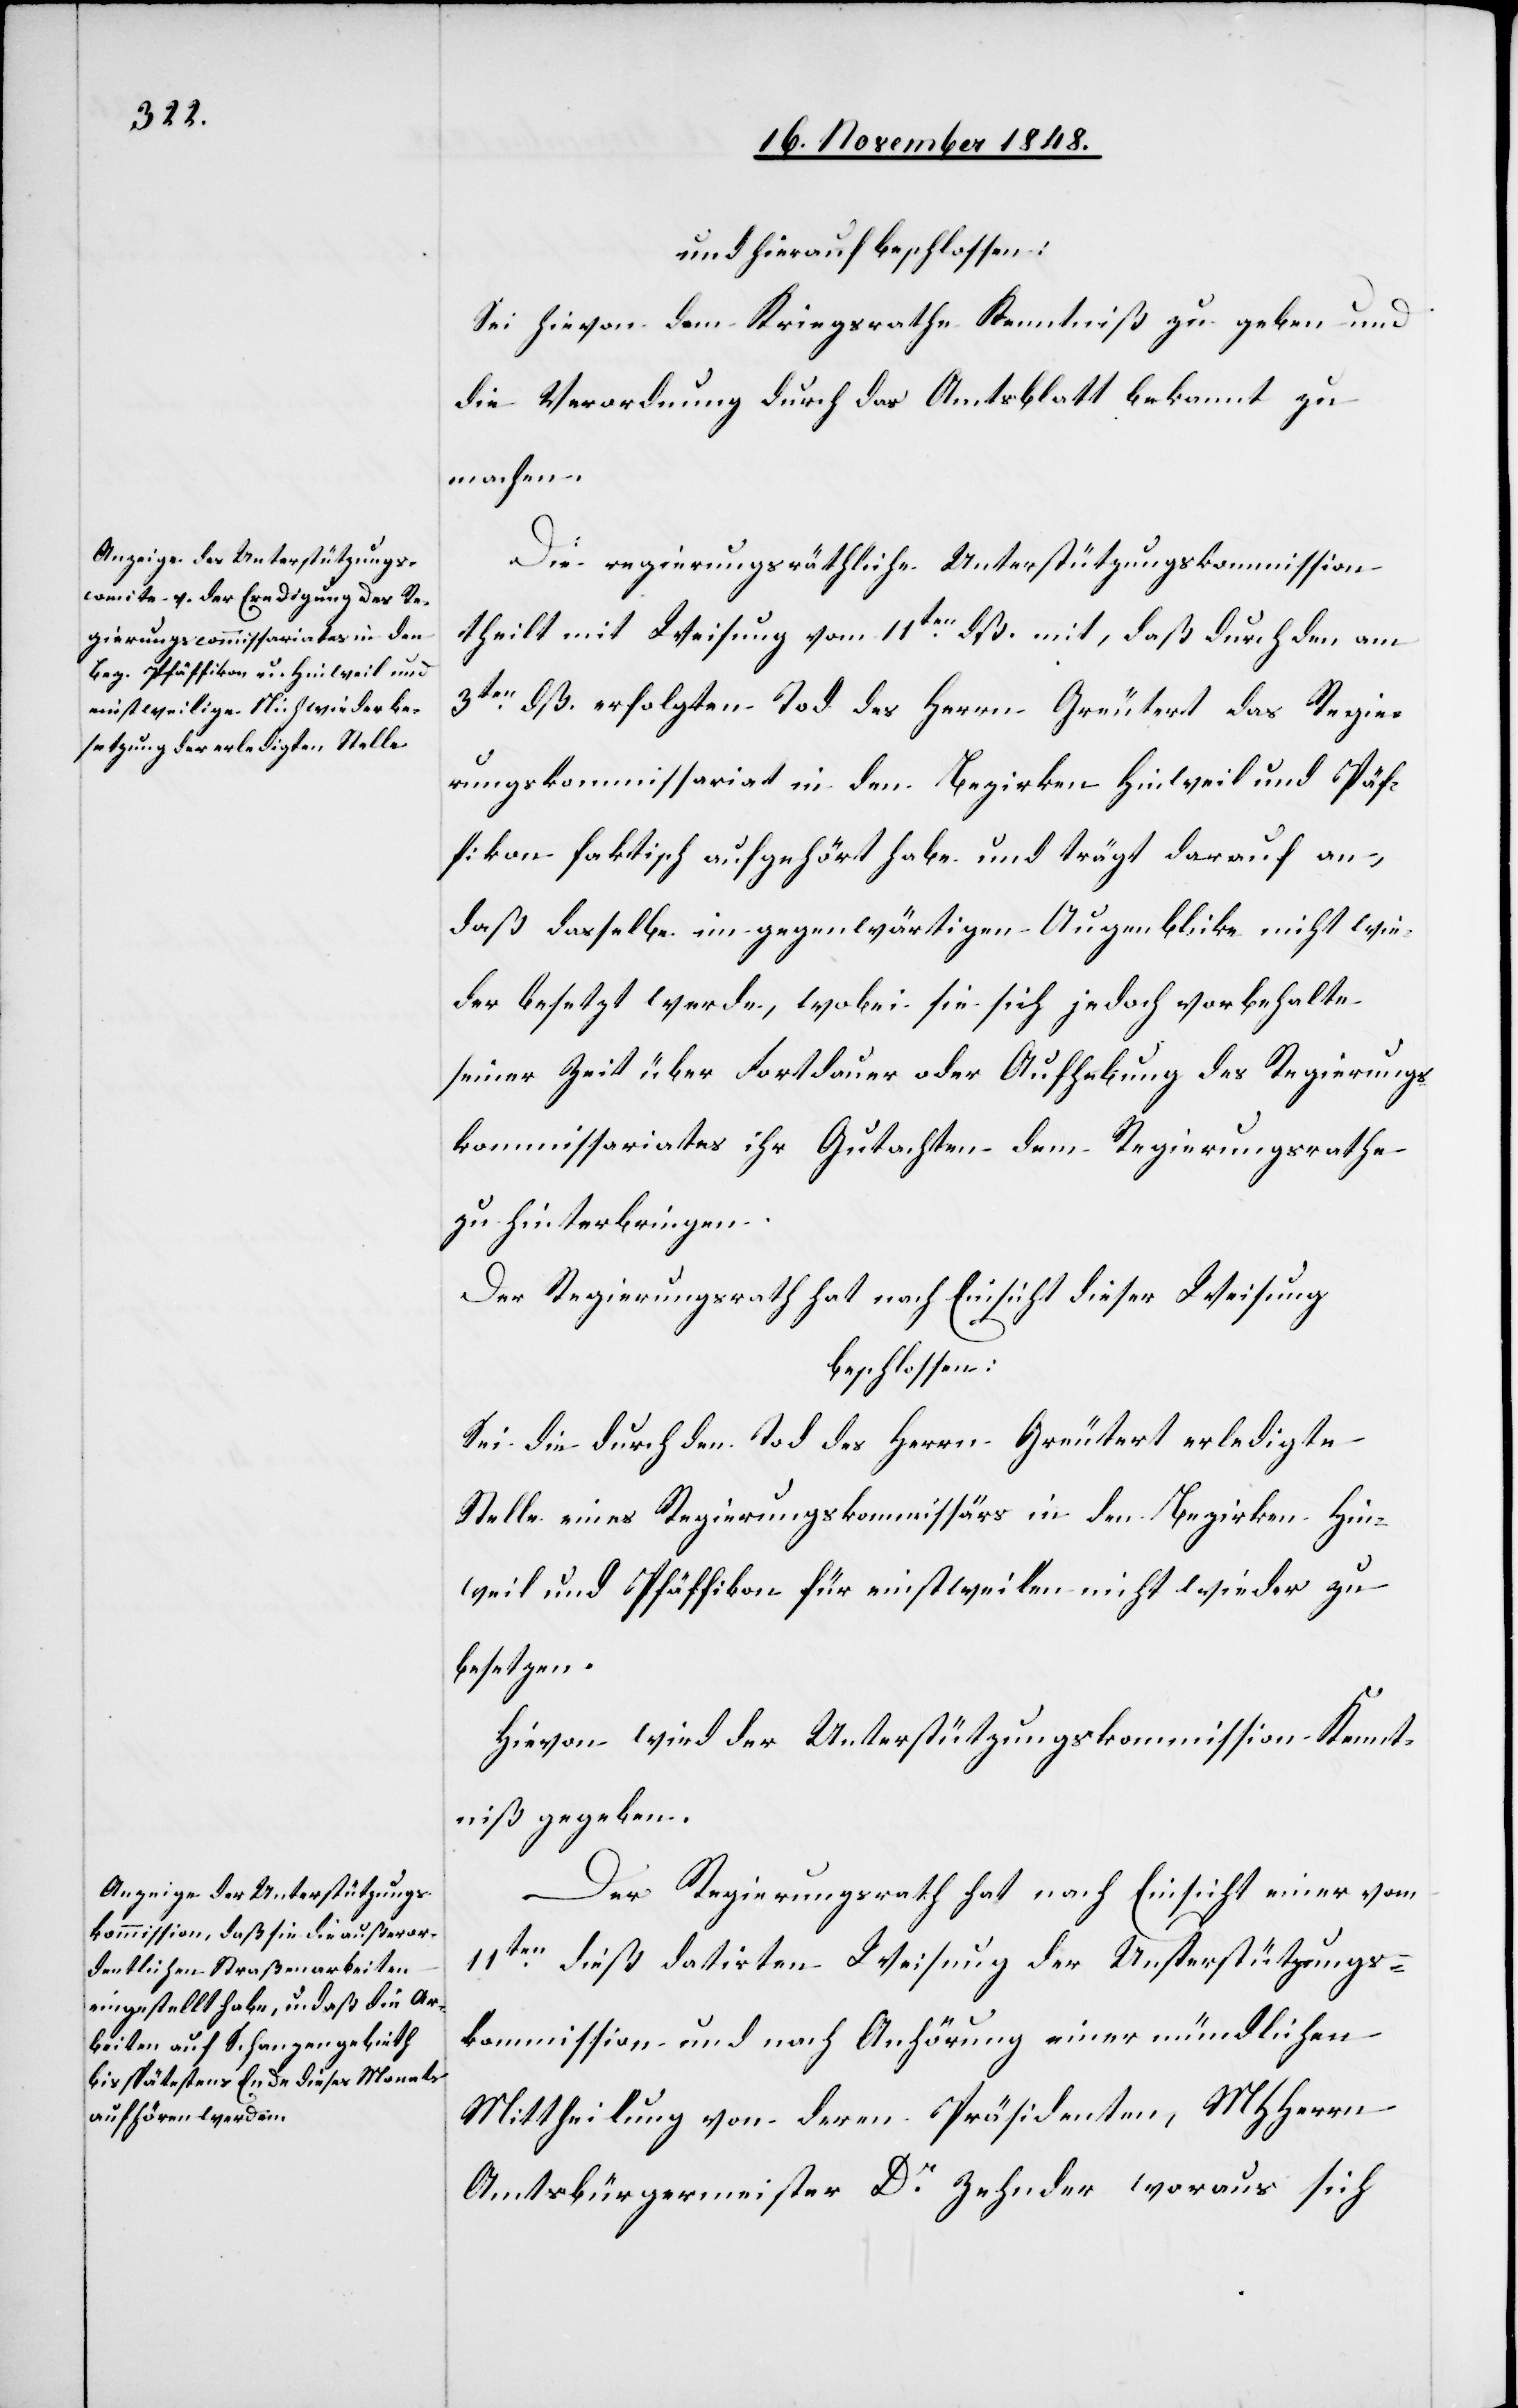
und hierauf beschlossen:
Sei hievon dem Kriegsrathe Kenntniß zu geben und
die Verordnung durch das Amtsblatt bekannt zu
machen.
Die regierungsräthliche Unterstützungskommission
theilt mit Weisung vom 11ten dß. mit, daß durch den am
3ten dß. erfolgten Tod des Herrn Greutert das Regie¬
rungskommissariat in den Bezirken Hinweil und P[f]äf¬
fikon faktisch aufgehört habe und trägt darauf an,
daß dasselbe im gegenwärtigen Augenblicke nicht wie¬
der besetz werde, wobei sie sich jedoch vorbehalte
seiner Zeit über Fortdauer oder Aufhebung des Regierungs¬
kommissariates ihr Gutachten dem Regierungsrathe
zu hinterbringen.
Der Regierungsrath hat nach Einsicht dieser Weisung
beschlossen:
Sei die durch den Tod des Herrn Greutert erledigte
Stelle eines Regierungskommissärs in den Bezirken Hin¬
weil und Pfäffikon für einstweilen nicht wieder zu
besetzen.
Hievon wird der Unterstützungskommission Kennt¬
niß gegeben.
Der Regierungsrath hat nach Einsicht einer vom
11ten dieß datirten Weisung der Unsterstützgungs¬
kommission [sic!] und nach Anhörung einer mündlichen
Mittheilung von deren Präsidenten, MHHerrn
Amtsbürgermeister Dr Zehnder woraus sich